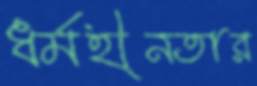
ধর্মহীনতার